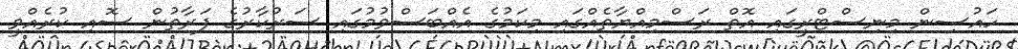
ހައުސިން މިނިސްޓްރީގައި އޮތް ރަސްމިއްޔާތެއްގައި މިކަމުގެ އެއްބަސްވުމުގައި ސަރުކާރުގެ ފަރާތުން ސޮއި ކުރެއްވީ